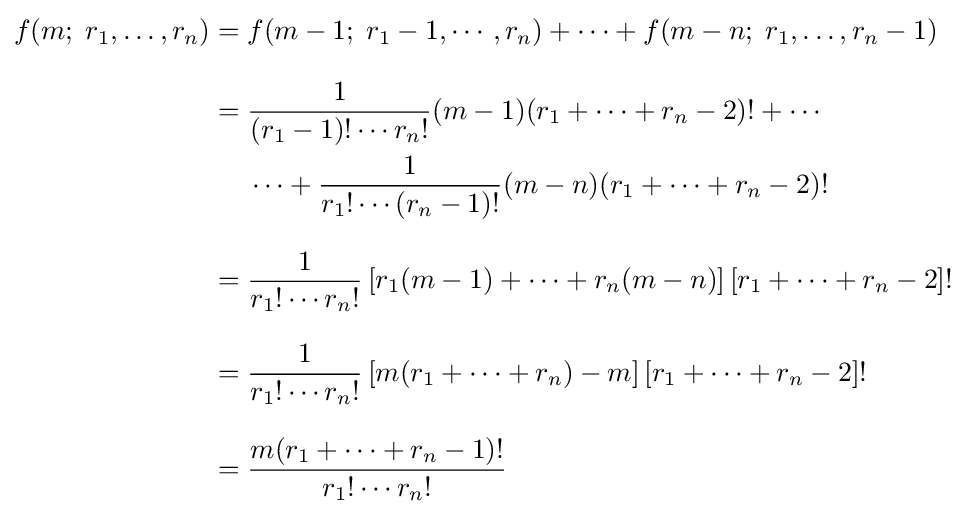
{\begin{aligned}f(m;\;r_{1},\ldots ,r_{n})={}&f(m-1;\;r_{1}-1,\cdots ,r_{n})+\cdots +f(m-n;\;r_{1},\ldots ,r_{n}-1)\\[8pt]={}&{\frac {1}{(r_{1}-1)!\cdots r_{n}!}}(m-1)(r_{1}+\cdots +r_{n}-2)!+\cdots \\&\cdots +{\frac {1}{r_{1}!\cdots (r_{n}-1)!}}(m-n)(r_{1}+\cdots +r_{n}-2)!\\[8pt]={}&{\frac {1}{r_{1}!\cdots r_{n}!}}\left[r_{1}(m-1)+\cdots +r_{n}(m-n)\right]\left[r_{1}+\cdots +r_{n}-2\right]!\\[8pt]={}&{\frac {1}{r_{1}!\cdots r_{n}!}}\left[m(r_{1}+\cdots +r_{n})-m\right]\left[r_{1}+\cdots +r_{n}-2\right]!\\[8pt]={}&{\frac {m(r_{1}+\cdots +r_{n}-1)!}{r_{1}!\cdots r_{n}!}}\end{aligned}}